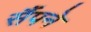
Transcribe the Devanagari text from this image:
सैंपने